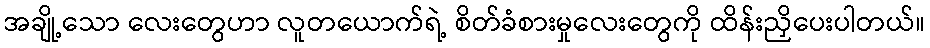
အချို့သော လေးတွေဟာ လူတယောက်ရဲ့ စိတ်ခံစားမှုလေးတွေကို ထိန်းညှိပေးပါတယ်။